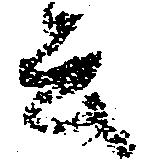
云